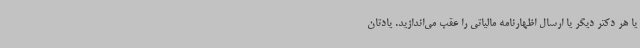
یا هر دکتر دیگر یا ارسال اظهارنامه مالیاتی را عقب می‌اندازید. یادتان